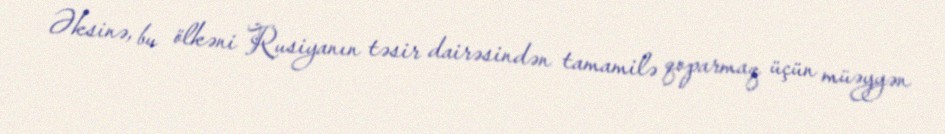
Əksinə, bu ölkəni Rusiyanın təsir dairəsindən tamamilə qoparmaq üçün müəyyən